Scientific memoirs by medical officers of the Army of India - Part XI,
Year: 1898
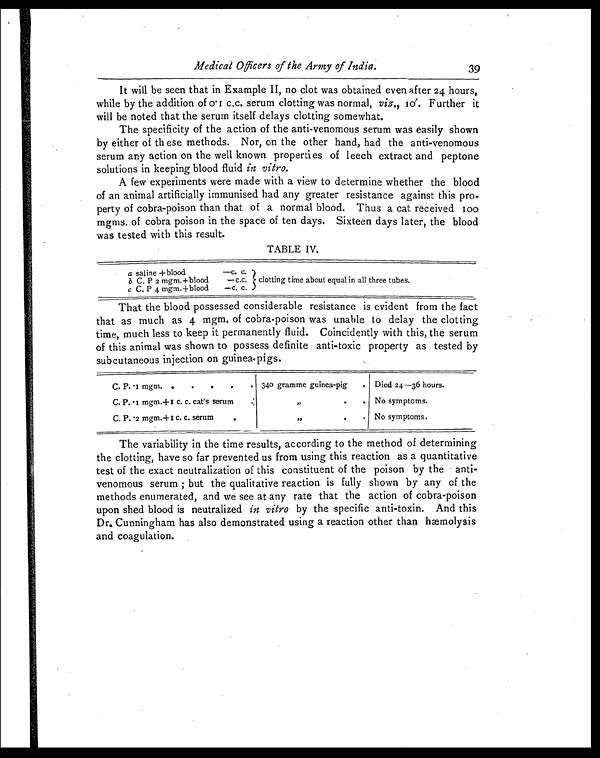
Medical Officers of the Army of India.
39
It will be seen that in Example II, no clot was obtained even after 24 hours,
while by the addition of o.I c.c. serum clotting was normal, viz., 10'. Further it
will be noted that the serum itself delays clotting somewhat.
The specificity of the action of the anti-venomous serum was easily shown
by either of these methods. Nor, on the other hand, had the anti-venomous
serum any action on the well known properties of leech extract and peptone
solutions in keeping blood fluid in vitro.
A few experiments were made with a view to determine whether the blood
of an animal artificially immunised had any greater resistance against this pro-
perty of cobra-poison than that of a normal blood. Thus a cat received Ioo
mgms. of cobra poison in the space of ten days. Sixteen days later, the blood
was tested with this result.
TABLE IV.
a saline+blood
—c. c.
clotting time about equal in all three tubes.
b C. P 2 mgm.+blood
—c.c.
c C. P 4 mgm+blood
—c, c.
That the blood possessed considerable resistance is evident from the fact
that as much as 4 mgm of cobra poison was unable to delay the clotting
time, much less to keep it permanently fluid. Coincidently with this, the serum
of this animal was shown to possess definite anti-toxic property as tested by
subcutaneous injection on guinea pigs.
C. P. I mgm.
. 340 gramme guinea-pig
. Died 24-36 hours.
C. P. I mgm+I c. c. cat's serum
..
,,
.
. No symptoms.
C. P..2 mgm.+ 1 c. c. serum.
,,
.
. No symptoms.
The variability in the time results, according to the method of determining
the clotting, have so far prevented us from using this reaction as a quantitative
test of the exact neutralization of this constituent of the poison by the anti-
venomous serum; but the qualitative reaction is fully shown by any of the
methods enumerated, and we see at any rate that the action of cobra-poison
upon shed blood is neutralized in vitro by the specific anti-toxin. And this
Dr. Cunningham has also demonstrated using a reaction other than hæmolysis
and coagulation.